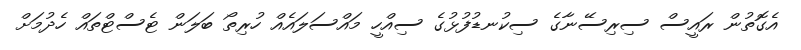
އެގޮތުން ރައީސް ސިރިސޭނާގެ ސިކުނޑުފުޅުގެ ސިއްހީ މައްސަލައެއް ހުރިތޯ ބަލަން ޓެސްޓްތައް ހެދުމަށް